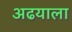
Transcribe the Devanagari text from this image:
अढयाला